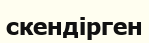
скендірген